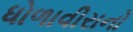
ધોળાવીરાનો